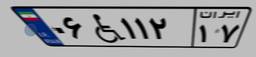
۰۶W۱۱۲۱۷